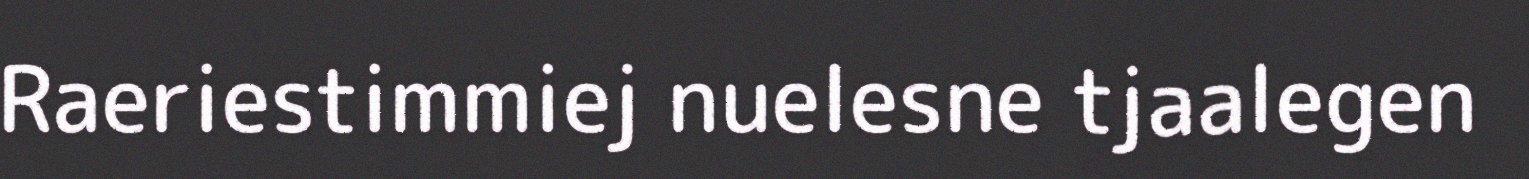
Raeriestimmiej nuelesne tjaalegen